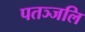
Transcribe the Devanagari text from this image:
पतञ्‍जलि